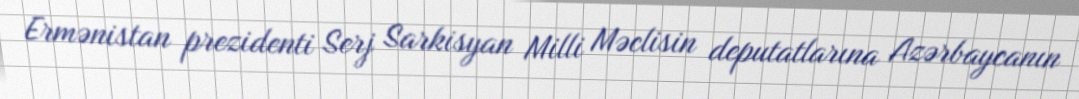
Ermənistan prezidenti Serj Sarkisyan Milli Məclisin deputatlarına Azərbaycanın